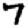
Digit: 7